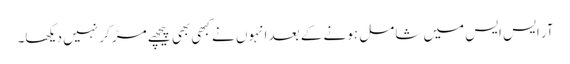
آر ایس ایس میں شامل ہونے کے بعد انہوں نے کبھی بھی پیچھے مڑ کر نہیں دیکھا۔